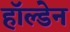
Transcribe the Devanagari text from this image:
हाॅल्डेन